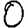
Digit: 0